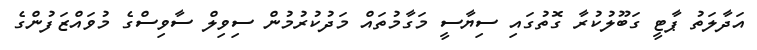
އަދާލަތު ޕާޓީ ގަބޫލުކުރާ ގޮތުގައި ސިޔާސީ މަގާމުތައް މަދުކުރުމުން ސިވިލް ސާވިސްގެ މުވައްޒަފުންގެ